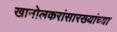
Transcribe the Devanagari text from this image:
खानोलकरांसारख्यांच्या